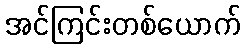
အင်ကြင်းတစ်ယောက်